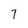
Character: 7